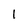
Character: 1